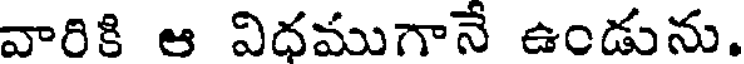
వారికి ఆ విధముగానే ఉండును.